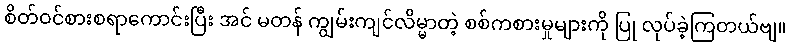
စိတ်ဝင်စားစရာကောင်းပြီး အင် မတန် ကျွမ်းကျင်လိမ္မာတဲ့ စစ်ကစားမှုများကို ပြု လုပ်ခဲ့ကြတယ်ဗျ။